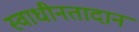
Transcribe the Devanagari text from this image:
स्वाधीनतादान